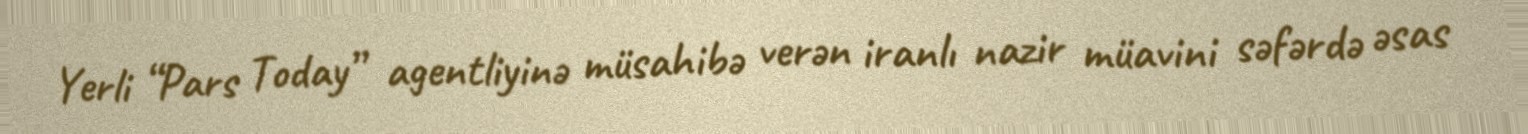
Yerli “Pars Today” agentliyinə müsahibə verən iranlı nazir müavini səfərdə əsas